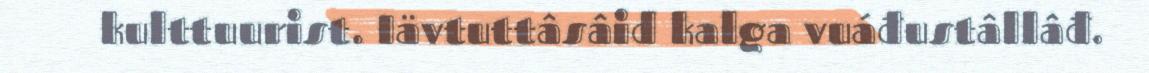
kulttuurist. Iävtuttâsâid kalga vuáđustâllâđ.